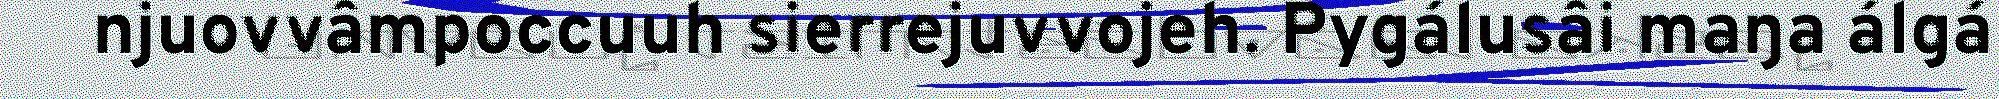
njuovvâmpoccuuh sierrejuvvojeh. Pygálusâi maŋa álgá